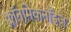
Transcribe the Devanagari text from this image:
क्लॉनमिकनॉइज